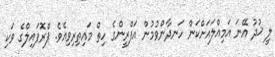
ލީ ޚުދު އޭނަ އަމިއްލައަށްކަން ހަނދާންވުމުން އަފްރީންގެ ހިތް މައިތިރިވިއެވެ. ޕްރޮފައިލްގެ ވަކި